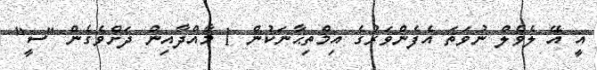
އީ އޭ ލެވެލް ނުވަތަ އެފެންވަރުގެ އިމްތިޙާނަކުން 1 މާއްދާއިން ދަށްވެގެން "ސީ"